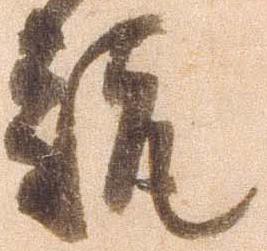
趣